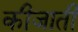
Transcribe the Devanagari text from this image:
कीजाती